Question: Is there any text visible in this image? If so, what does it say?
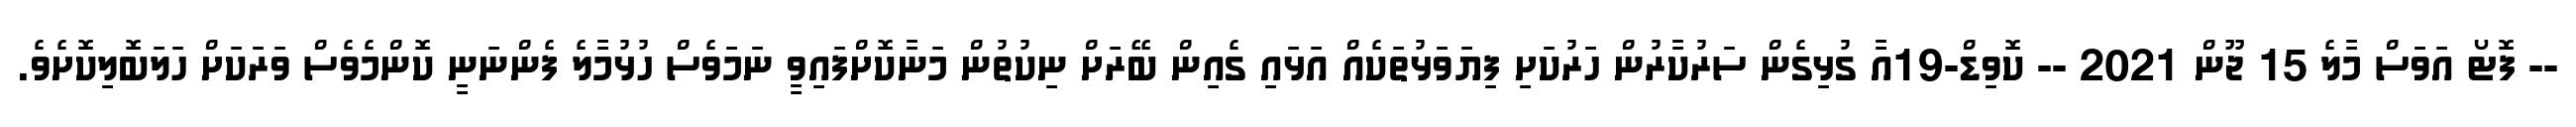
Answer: -- ފޮޓޯ އަވަސް މާލެ 15 ޖޫން 2021 -- ކޮވިޑް-19އާ ގުޅިގެން ސަރުކާރުން ހަރުކަށި ފިޔަވަޅުތަކެއް އަޅައި ގެއިން ބޭރަށް ނިކުތުން މަނާކޮށްފައިވީ ނަމަވެސް ހުޅުމާލެ ފެންނަނީ ކޮންމެވެސް ވަރަކަށް ހަލަބޮލިކޮށެވެ.